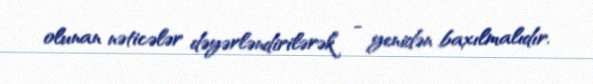
olunan nəticələr dəyərləndirilərək - yenidən baxılmalıdır.